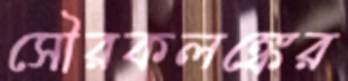
সৌরকলঙ্কের